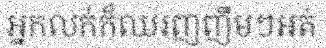
អ្នកលក់ក៏ឈរញញឹមៗអត់